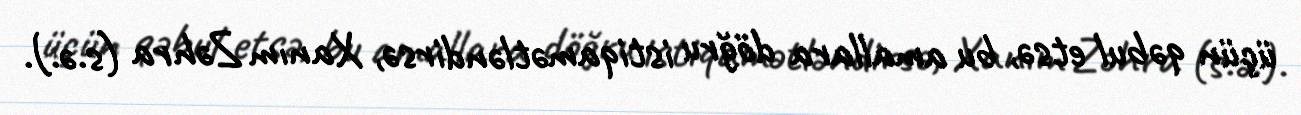
üçün qəbul etsə, bu amallara döğru istiqamətləndirsə, Xanım Zəhra (s.ə.).